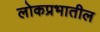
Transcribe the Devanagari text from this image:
लोकप्रभातील